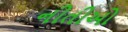
નીતીઓ